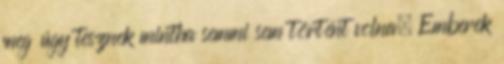
meg úgy tesznek mintha semmi sem történt volna. Emberek